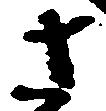
さ